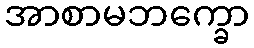
အာစာမဘက္ခော